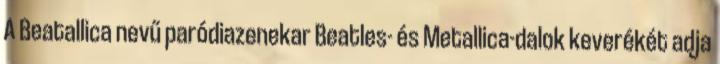
A Beatallica nevű paródiazenekar Beatles- és Metallica-dalok keverékét adja